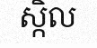
ស្កិល